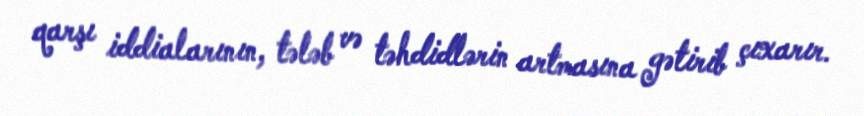
qarşı iddialarının, tələb və təhdidlərin artmasına gətirib çıxarır.